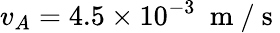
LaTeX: v_{A}=4.5\times 10^{-3}~\mathrm{~m~}/\mathrm{~s~}